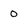
Character: 0